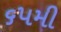
૬૫મી